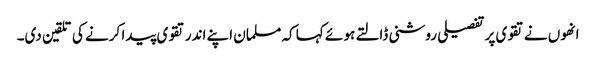
انھوں نے تقوی پر تفصیلی روشنی ڈالتے ہو ئے کہا کہ مسلمان اپنے اندر تقوی پیدا کرنے کی تلقین دی۔